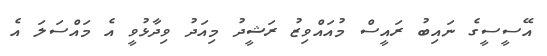
އޭސީސީގެ ނައިބު ރައީސް މުއައްވިޒު ރަޝީދު މިއަދު ވިދާޅުވީ އެ މައްސަލަ އެ